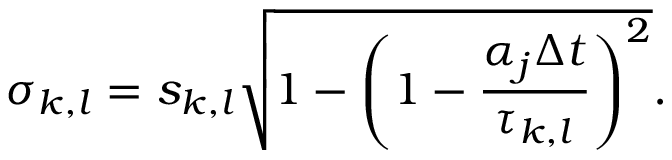
\sigma _ { k , l } = s _ { k , l } \sqrt { 1 - \left( 1 - \frac { \alpha _ { j } \Delta t } { \tau _ { k , l } } \right) ^ { 2 } } .